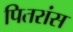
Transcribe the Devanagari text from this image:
पितरांस